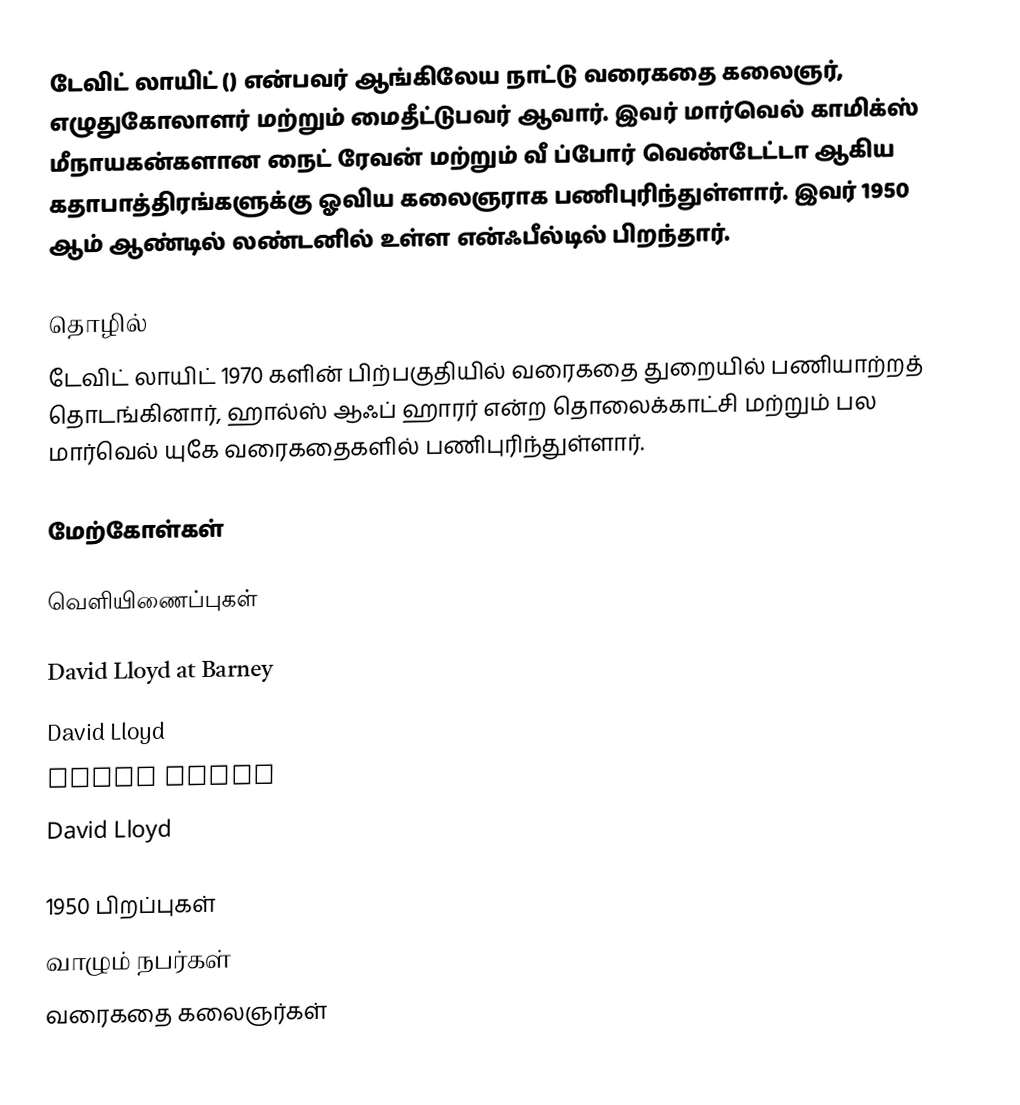
டேவிட் லாயிட் () என்பவர் ஆங்கிலேய நாட்டு வரைகதை கலைஞர், எழுதுகோலாளர் மற்றும் மைதீட்டுபவர் ஆவார். இவர் மார்வெல் காமிக்ஸ் மீநாயகன்களான நைட் ரேவன் மற்றும்  வீ ப்போர் வெண்டேட்டா ஆகிய கதாபாத்திரங்களுக்கு ஓவிய கலைஞராக பணிபுரிந்துள்ளார். இவர் 1950 ஆம் ஆண்டில் லண்டனில் உள்ள என்ஃபீல்டில் பிறந்தார்.

தொழில்
டேவிட் லாயிட் 1970 களின் பிற்பகுதியில் வரைகதை துறையில் பணியாற்றத் தொடங்கினார், ஹால்ஸ் ஆஃப் ஹாரர் என்ற தொலைக்காட்சி மற்றும் பல மார்வெல் யுகே வரைகதைகளில் பணிபுரிந்துள்ளார்.

மேற்கோள்கள்

வெளியிணைப்புகள்

David Lloyd at Barney
David Lloyd
David Lloyd
David Lloyd

1950 பிறப்புகள்
வாழும் நபர்கள்
வரைகதை கலைஞர்கள்